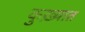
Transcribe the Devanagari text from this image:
कुख़्यात